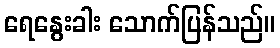
ရေနွေးခါး သောက်ပြန်သည်။